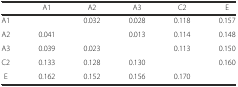
<table><thead><tr><td>[EMPTY_CELL]</td><td><b>A1</b></td><td><b>A2</b></td><td><b>A3</b></td><td><b>C2</b></td><td><b>E</b></td></tr></thead><tbody><tr><td>A1</td><td>[EMPTY_CELL]</td><td>0.032</td><td>0.028</td><td>0.118</td><td>0.157</td></tr><tr><td>A2</td><td>0.041</td><td>[EMPTY_CELL]</td><td>0.013</td><td>0.114</td><td>0.148</td></tr><tr><td>A3</td><td>0.039</td><td>0.023</td><td>[EMPTY_CELL]</td><td>0.113</td><td>0.150</td></tr><tr><td>C2</td><td>0.133</td><td>0.128</td><td>0.130</td><td>[EMPTY_CELL]</td><td>0.160</td></tr><tr><td>E</td><td>0.162</td><td>0.152</td><td>0.156</td><td>0.170</td><td>[EMPTY_CELL]</td></tr></tbody></table>